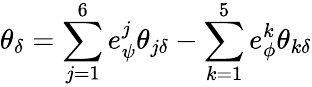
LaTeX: \theta_{\delta}=\sum_{j=1}^{6}e_{\psi}^{j}\theta_{j\delta}-\sum_{k=1}^{5}e_{\phi}^{k}\theta_{k\delta}